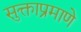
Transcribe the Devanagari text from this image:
सुक्ताप्रमाणे